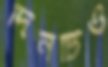
দিনটিও